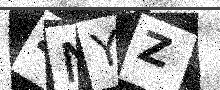
Text: 4NYZ